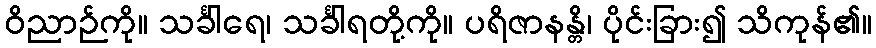
ဝိညာဉ်ကို။ သင်္ခါရေ၊ သင်္ခါရတို့ကို။ ပရိဇာနန္တိ၊ ပိုင်းခြား၍ သိကုန်၏။